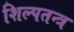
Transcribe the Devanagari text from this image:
शिल्पतन्त्र